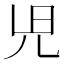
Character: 𫤗